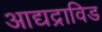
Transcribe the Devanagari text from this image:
आद्यद्राविड